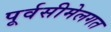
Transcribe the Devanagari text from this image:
पूर्वसीमेलगत